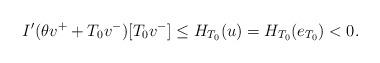
LaTeX: \begin{align*} I'(\theta v^++T_0v^-)[T_0v^-]\leq H_{T_0}(u)=H_{T_0}(e_{T_0})<0. \end{align*}